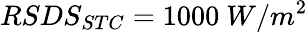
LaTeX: RSDS_{STC}=1000\ W/m^{2}